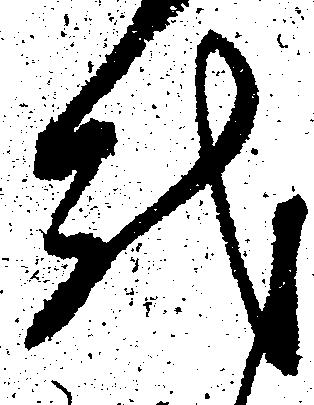
越